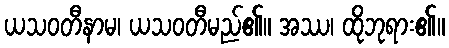
ယသဝတီနာမ၊ ယသဝတီမည်၏။ အဿ၊ ထိုဘုရား၏။